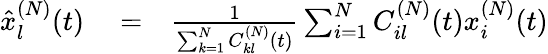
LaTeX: \begin{array}{rlr}{\hat{x}_{l}^{(N)}(t)}&{{}=}&{\frac{1}{\sum_{k=1}^{N}C_{kl}^{(N)}(t)}\sum_{i=1}^{N}C_{il}^{(N)}(t)x_{i}^{(N)}(t)}\end{array}